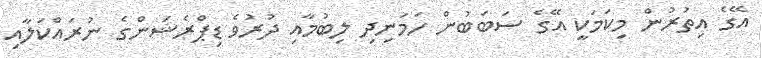
އޭގެ އިތުރުން މިކަމަކީ އޭގެ ސަބަބުން ހަމަނިދި ލިބުމާއި ދުރުވެ ޑިޕްރެޝަންގެ ނުރައްކަލާއި